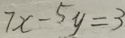
7 x - 5 y = 3